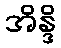
အိန္ဒိ